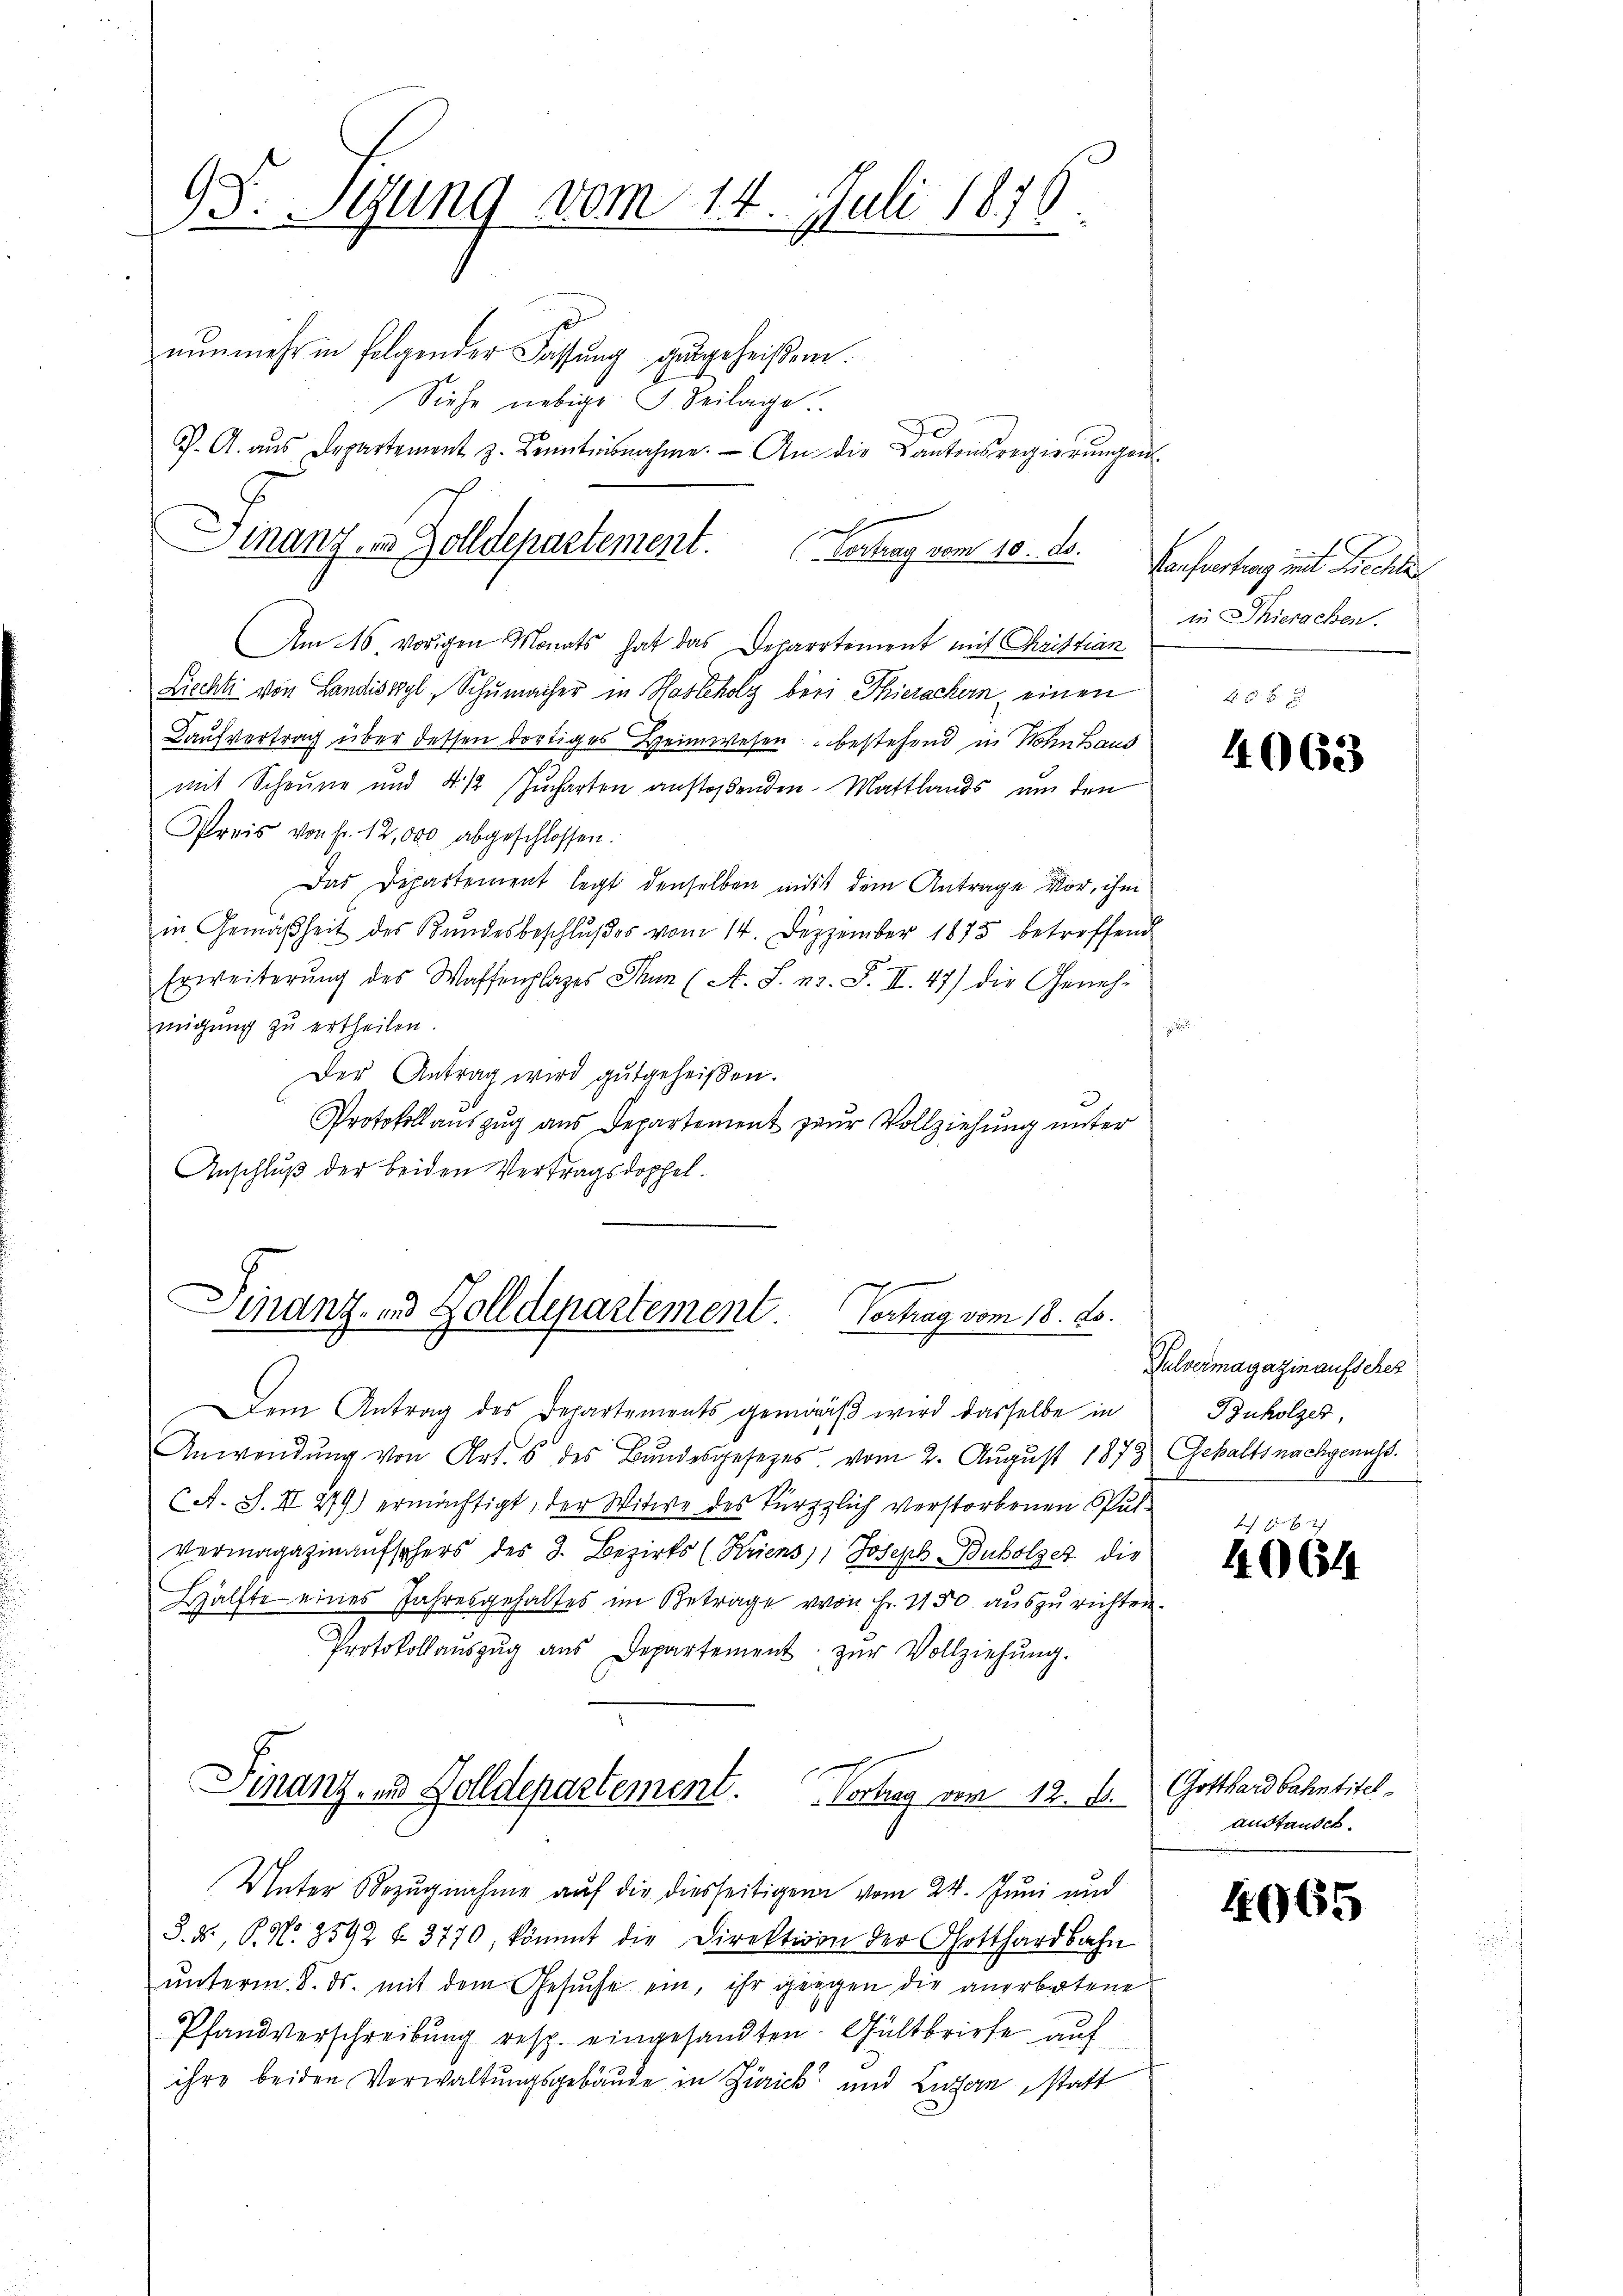
93. Stung vom 14. Juli 1876.

nunmehr in folgender Fassung zugeheißen.
Siehe nebige G. Seilage
e
J. A. aus Departement z. Kenntnisnahme. An die Kantonsregierŭngen
Am 16. vorigen Monats hat das Departement mit Christian
Liecht von Landiswyl, Schumacher in Haslcholz beri Thierachern einen
Kaufvertrag über dessen dortiges Heimwesen bestehend in Wohnhaus
mit Scheune und 412 Jucharten anstoßenden Mattlands um den
Preis von Fr. 12,000 abgeschlossen.
Das Departement legt denselben mit dem Antrage vor, ihm
in Gemäßheit des Bundesbeschlŭβes vom 14. Dezember 1875 betreffend
Erweiterung des Waffenplages Thun (A. S. n. F. II. 47) die Genehmigung zu ertheilen.

Der Antrag wird gutgeheißen.
Protokollauszug aus Departement zur Vollziehung unter
Anschluß der beiden Vertragsdoppel.

Manz, u. Zolldepartement. Centrag vom 10. ds.

Finanz- und Zolldepartement.
Vortrag vom 18. ds.

DDem Antrag des Departements gemäß wird dasselbe in
Anwendŭng von Art. 6 des Bundesgesetzes vom 2. August 1873 Gehaltsnachgenuss.
(A. S. II 279) ermächtigt, der Witwe des kürzlich verstorbenen Pulvermagazinaŭfsehers des 3. Bezirks (Kriens), Joseph Buholzer die
Hälfte eines Jahresgehaltes im Betrage von Fr. 1150. auszurichten.
Protokollaŭszŭg aŭs Departement zŭr Vollziehŭng.
Finanz- und Solldepartement. Vortrag von 12. d.
Unter Bezugnahme auf die diesseitigen vom 24. Juni und
S.8., P. N. 8592 f. 3770, kömmt die Direktion der Gotthardbahn
ŭnterm 8. ds. mit dem Gesŭche ein, ihr gegen die anerbotene
Pfandverschreibung resp. eingesandten Gültbriefe auf
ihre beiden Verwaltungsgebäude in Zürick und Luzern statt

Kaufvertrag mit Rechter
in Thierachen.

4063

Pulvermagazin aufsches
Ruholzer,

4064

Gotthardbahntitel.
austandet.

4965